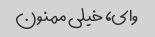
وای، خیلی ممنون